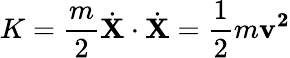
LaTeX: K={\frac{m}{2}}{\dot{\mathbf{X}}}\cdot{\dot{\mathbf{X}}}={\frac{1}{2}}m{\mathbf{v^{2}}}